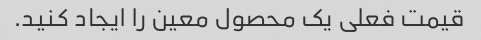
قیمت فعلی یک محصول معین را ایجاد کنید.